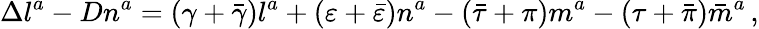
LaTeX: \Delta l^{a}-Dn^{a}=(\gamma+{\bar{\gamma}})l^{a}+(\varepsilon+{\bar{\varepsilon}})n^{a}-({\bar{\tau}}+\pi)m^{a}-(\tau+{\bar{\pi}}){\bar{m}}^{a}\, ,